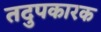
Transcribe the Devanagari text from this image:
तदुपकारक